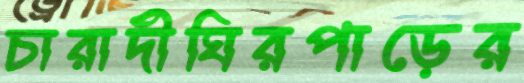
চারাদীঘিরপাড়ের